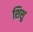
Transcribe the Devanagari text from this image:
शिशु